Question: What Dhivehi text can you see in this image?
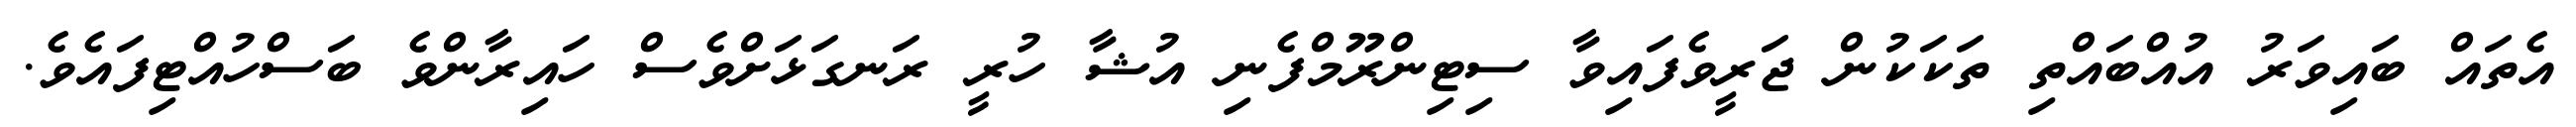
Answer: އެތައް ބައިވަރު އުއްބައްތި ތަކަކުން ޖަރީވެފައިވާ ސިޓިންރޫމްފެނި އުޝާ ހުރީ ރަނގަޅަށްވެސް ހައިރާންވެ ބަސްހުއްޓިފައެވެ.